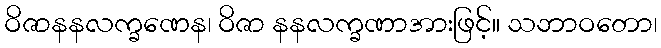
ဝိဇာနနလက္ခဏေန၊ ဝိဇာ နနလက္ခဏာအားဖြင့်။ သဘာဝတော၊